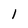
Character: l